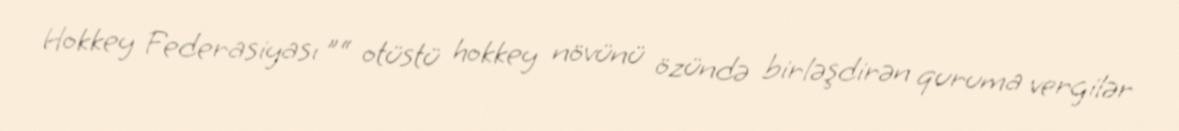
Hokkey Federasiyası ”“ otüstü hokkey növünü özündə birləşdirən quruma vergilər